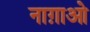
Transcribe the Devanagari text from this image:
नाग़ाओ